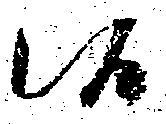
候